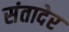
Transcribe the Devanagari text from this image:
संतादेर